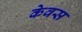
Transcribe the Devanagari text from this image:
केवस